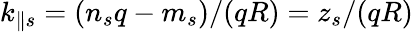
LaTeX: k_{\parallel s}=(n_{s}q-m_{s})/(qR)=z_{s}/(qR)